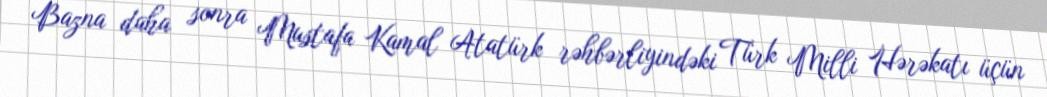
Bazna daha sonra Mustafa Kamal Atatürk rəhbərliyindəki Türk Milli Hərəkatı üçün